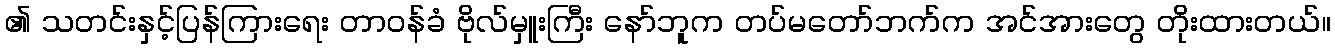
၏ သတင်းနှင့်ပြန်ကြားရေး တာဝန်ခံ ဗိုလ်မှူးကြီး နော်ဘူက တပ်မတော်ဘက်က အင်အားတွေ တိုးထားတယ်။